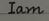
Iam